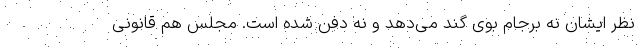
نظر ایشان نه برجام بوی گند می‌دهد و نه دفن شده است. مجلس هم قانونی